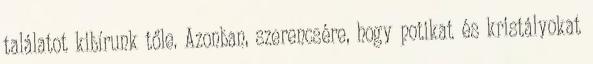
találatot kibírunk tőle. Azonban, szerencsére, hogy potikat és kristályokat